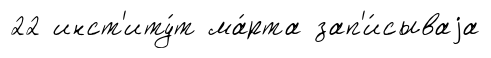
22 инст'иту́т ма́рта зап'и́сываjа